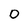
Character: 0